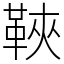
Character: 䩡